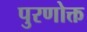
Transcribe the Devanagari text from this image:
पुरणोक्त